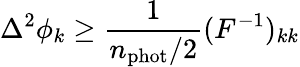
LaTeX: \Delta^{2}\phi_{k}\ge\frac{1}{n_{\mathrm{phot}}/2}(F^{-1})_{kk}